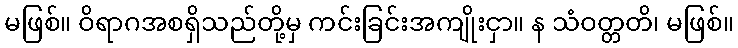
မဖြစ်။ ဝိရာဂအစရှိသည်တို့မှ ကင်းခြင်းအကျိုးငှာ။ န သံဝတ္တတိ၊ မဖြစ်။